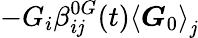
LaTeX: -G_{i}\beta_{i\mathit{j}}^{0G}(t)\left\langle\boldsymbol{G}_{0}\right\rangle_{\mathit{j}}